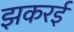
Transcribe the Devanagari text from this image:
झकरई